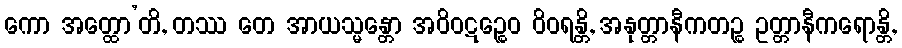
ကော အတ္ထော’တိ, တဿ တေ အာယသ္မန္တော အဝိဝဋဉ္စေဝ ဝိဝရန္တိ, အနုတ္တာနီကတဉ္စ ဥတ္တာနီကရောန္တိ,